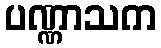
ပဏ္ဏာသက